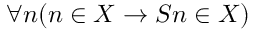
\forall n ( n \in X \rightarrow S n \in X )